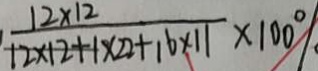
\frac { 1 2 \times 1 2 } { 1 2 \times 1 2 + 1 \times 1 2 + 1 6 \times 2 2 + 1 6 \times 1 1 } \times 1 0 0 \%